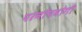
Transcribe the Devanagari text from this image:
परमोपयोगी